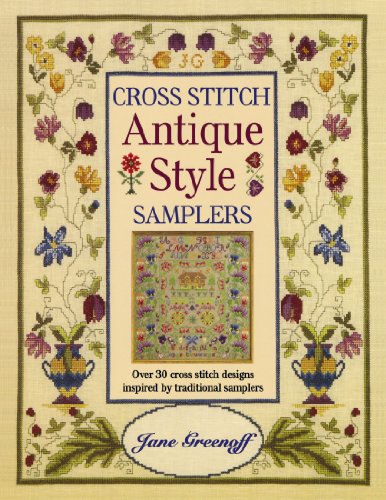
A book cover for Cross Stitch Antique Style Samplers: Over 30 Cross Stitch Designs Inspired by Traditional Samplers; Jane Greenoff; Crafts, Hobbies & Home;